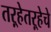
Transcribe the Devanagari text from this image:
तऱ्हेतऱ्हेचे